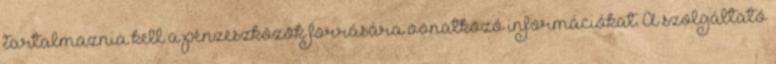
tartalmaznia kell a pénzeszközök forrására vonatkozó információkat. A szolgáltató